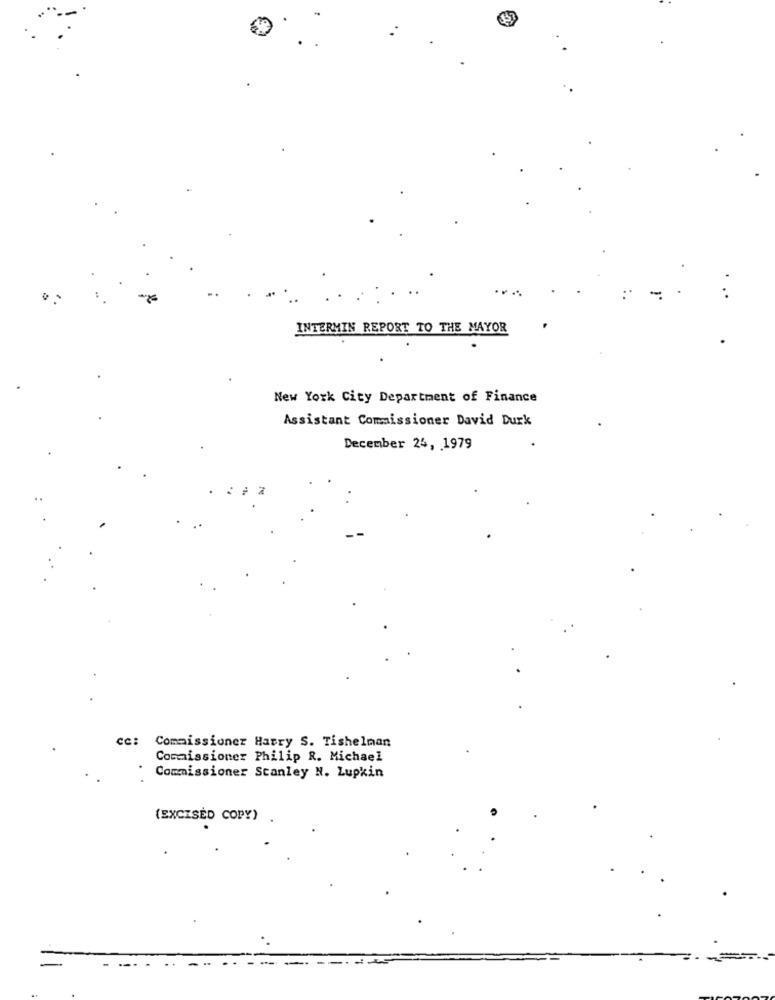
INTERMIN REPORT TO THE MAYOR
New York City Department of Finance
Assistant Commissioner David Durk
December 24, 1979
cc: Commissioner Harry S. Tishelman
Commissioner Philip R. Michael
Commissioner Stanley N. Lupkin
(EXCISED COPY)